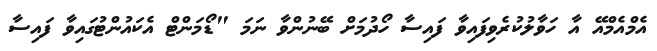
އެމްއެމްއޭ އާ ހަވާލުކުރެވިފައިވާ ފައިސާ ހޯދުމަށް ބޭނުންވާ ނަމަ "ޑޯމަންޓް އެކައުންޓުގައިވާ ފައިސާ